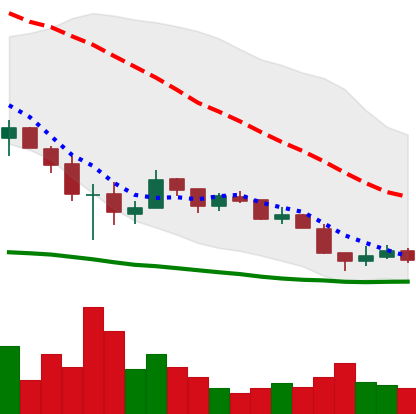
Ticker: XRP-USD
Chart end date: 2018-12-10
Forward return: -5.887%
Label: down_5_7